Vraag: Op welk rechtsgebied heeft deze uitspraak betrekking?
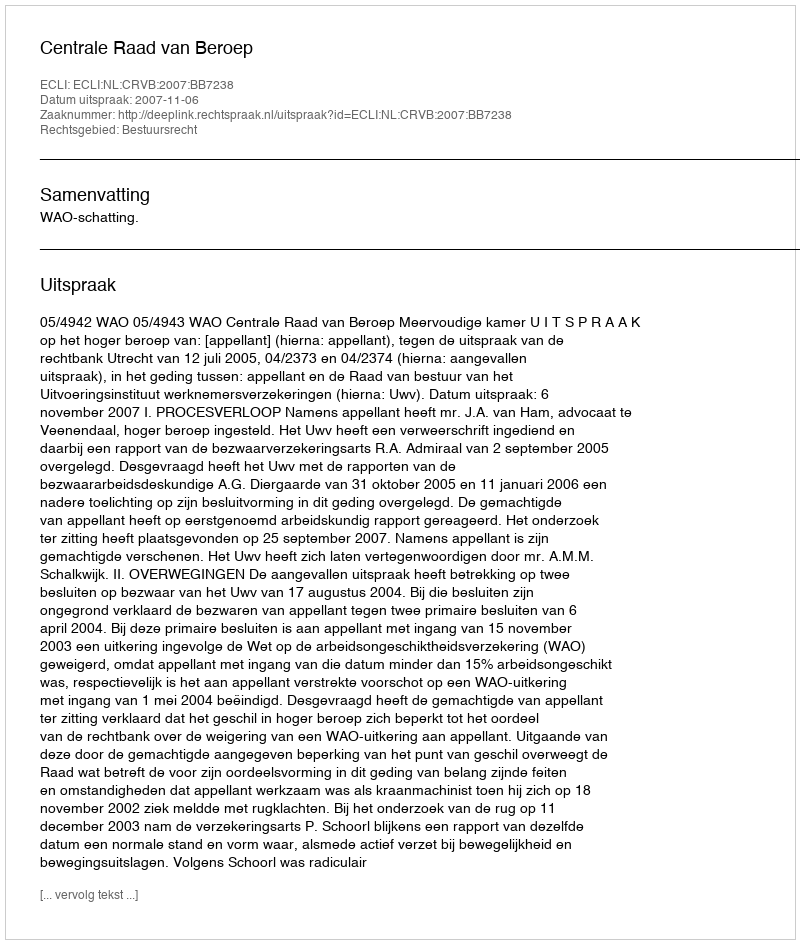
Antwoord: Bestuursrecht